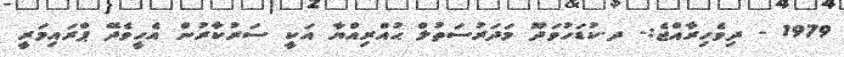
1979 - ދިވެހިރާއްޖެ:- ދ.ކުޑަހުވަދޫ މަދަރުސަތުލް ޙުއްރިއްޔާ އަކީ ސަރުކާރުން އެހީވެދޭ ޕްރައިމަރީ